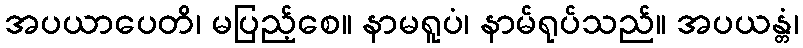
အပယာပေတိ၊ မပြည့်စေ။ နာမရူပံ၊ နာမ်ရုပ်သည်။ အပယန္တံ၊